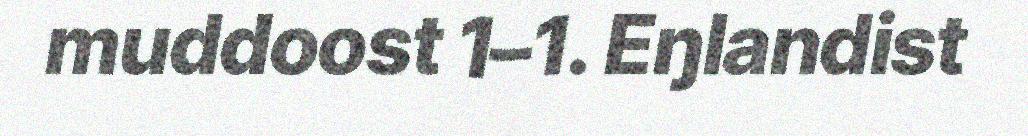
muddoost 1–1. Eŋlandist